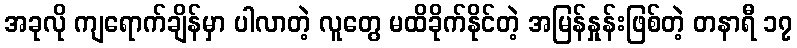
အခုလို ကျရောက်ချိန်မှာ ပါလာတဲ့ လူတွေ မထိခိုက်နိုင်တဲ့ အမြန်နှုန်းဖြစ်တဲ့ တနာရီ ၁၇